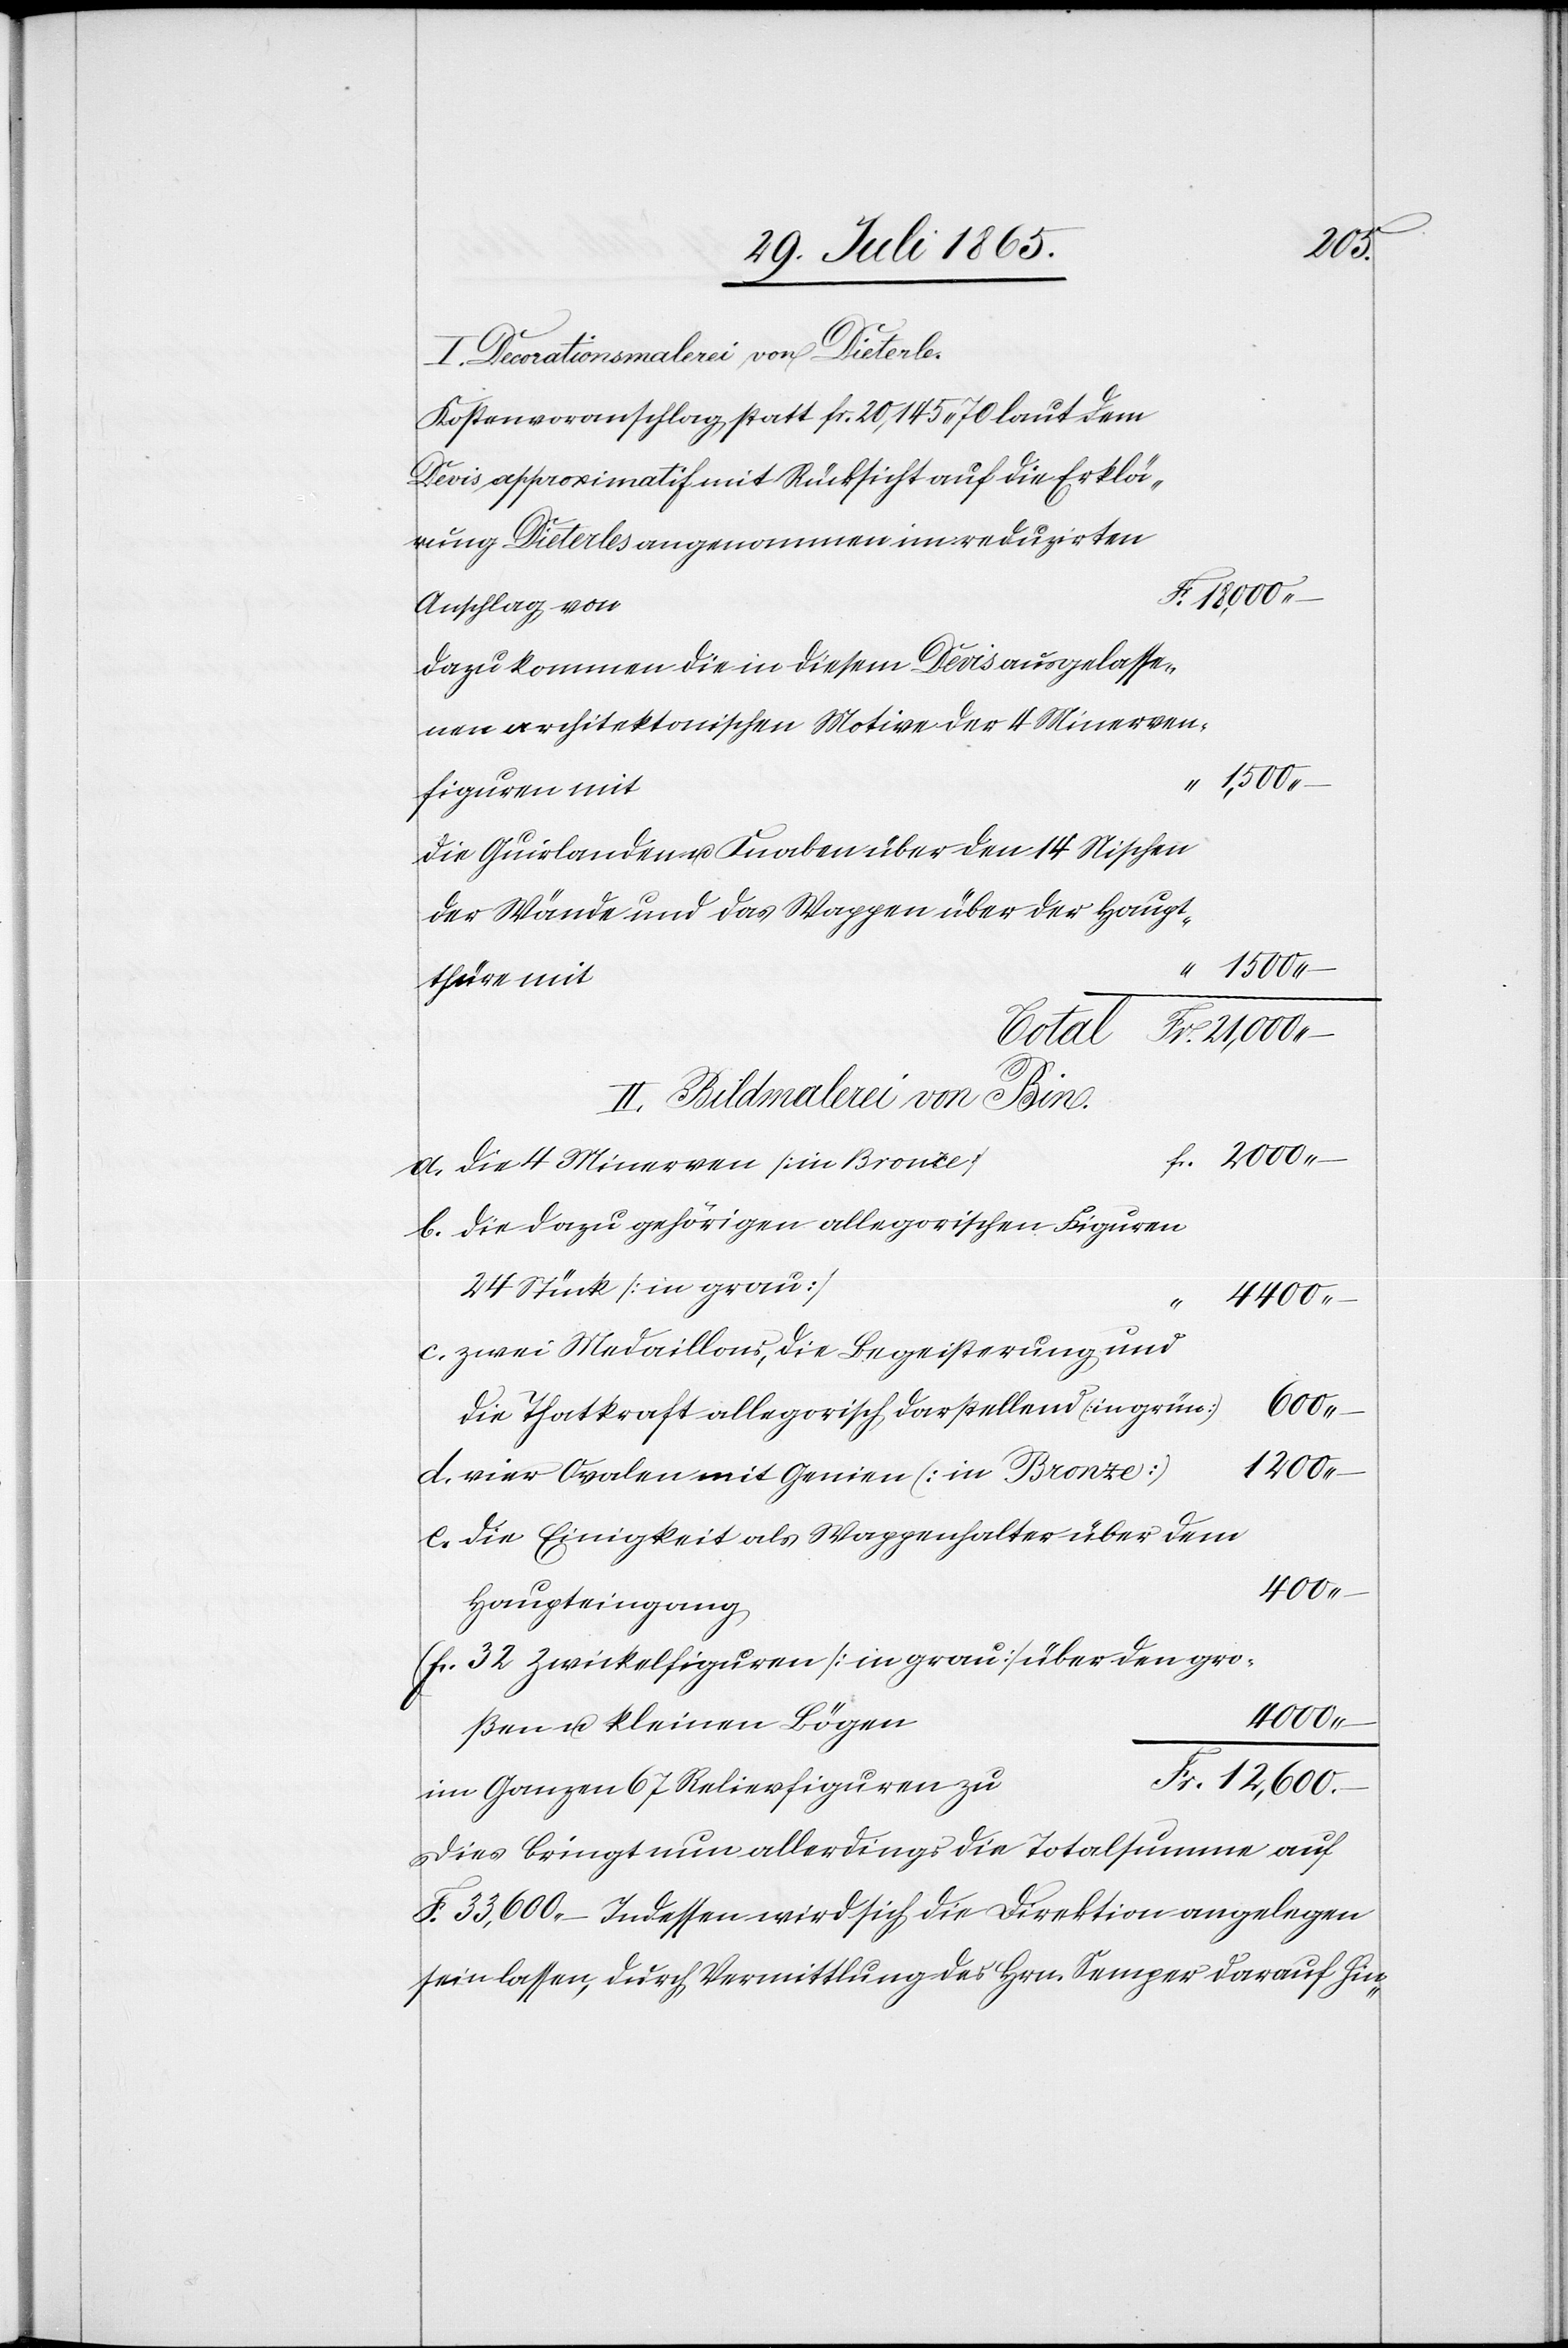
I. Decorationsmalerei von Dieterle.
Kostenvoranschlag statt fr. 20,145.70 laut dem
Devis approximatif mit Rücksicht auf die Erklä¬
rung Dieterles angenommen im reduzirten
Anschlag von
Dazu kommen die in diesem Devis ausgelasse¬
nen architektonischen Motive der 4 Minerven¬
figuren mit
Die Guirlanden u. Knaben über den 14 Nischen
der Wände und das Wappen über der Haupt¬
thüre mit
21,000.–
Total
II. Bildmalerei von Bin.
a. Die 4 Minerven [in Bronce]
b. Die dazu gehörigen allegorischen Figuren
24 Stück [in grau]
4400.–
c. zwei Medaillons, die Begeisterung und
600.–
die Thatkraft allegorisch darstellend [in grün]
12,600.–
d. vier Ovalen mit Genien [in Bronze]
e. die Einigkeit als Wappenhalter über dem
400.–
Haupteingang
f. 32 Zwickelfiguren [in grau] über den gro¬
4000.–
ßen u. kleinen Bögen
im Ganzen 67 Relievfiguren zu
Dies bringt nun allerdings die Totalsumme auf
F. 33,600.– Indessen wird sich die Direktion angelegen
sein lassen, durch Vermittlung des Hrn. Semper darauf hin-

Fr.